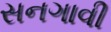
સનગાવી